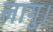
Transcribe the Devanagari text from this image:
लागु।